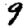
Digit: 9